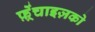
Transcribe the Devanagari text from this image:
फ़्रेंचाइज़को